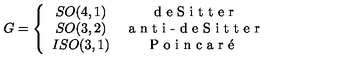
G = \left\{ \begin{array} { c c } { S O ( 4 , 1 ) } & { \textrm { d e S i t t e r } } \\ { S O ( 3 , 2 ) } & { \textrm { a n t i - d e S i t t e r } } \\ { I S O ( 3 , 1 ) } & { \textrm { P o i n c a r \' { e } } } \\ \end{array} \right.